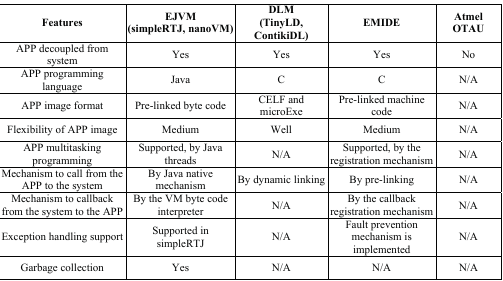
| Features | EJVM (simpleRTJ, nanoVM) | DLM (TinyLD, ContikiDL) | EMIDE | Atmel OTAU |
 | --- | --- | --- | --- | --- |
 | APP decoupled from system | Yes | Yes | Yes | No |
 | APP programming language | Java | C | C | N/A |
 | APP image format | Pre-linked byte code | CELF and microExe | Pre-linked machine code | N/A |
 | Flexibility of APP image | Medium | Well | Medium | N/A |
 | APP multitasking programming | Supported, by Java threads | N/A | Supported, by the registration mechanism | N/A |
 | Mechanism to call from the APP to the system | By Java native mechanism | By dynamic linking | By pre-linking | N/A |
 | Mechanism to callback from the system to the APP | By the VM byte code interpreter | N/A | By the callback registration mechanism | N/A |
 | Exception handling support | Supported in simpleRTJ | N/A | Fault prevention mechanism is implemented | N/A |
 | Garbage collection | Yes | N/A | N/A | N/A |